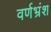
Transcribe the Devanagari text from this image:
वर्णभ्रंश